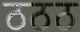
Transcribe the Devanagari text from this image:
ठठठ